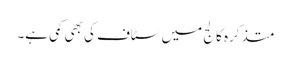
متذکرہ کالج میں سٹاف کی بھی کمی ہے۔